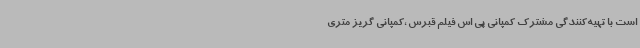
است با تهیه‌کنندگی مشترک کمپانی پی اس فیلم قبرس ،کمپانی گریز متری